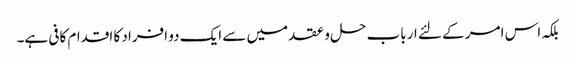
بلکہ اس امر کے لئے ارباب حل و عقد میں سے ایک دو افراد کا اقدام کافی ہے۔